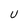
Character: U